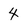
Character: 4